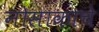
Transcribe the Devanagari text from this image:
नोसाकाचे